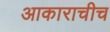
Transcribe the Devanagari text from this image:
आकाराचीच